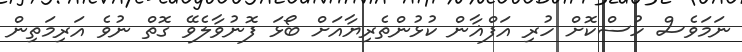
ނަމަވެސް ހުސްކޮށް ހުރި އަފްޣާން ކުޅުންތެރިޔާއަށް ބޯޅަ ފޮނުވާލެވޭ ގޮތް ނުވެ އަރިމަތިން